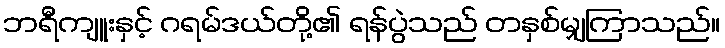
ဘရီကျူးနှင့် ဂရမ်ဒယ်တို့၏ ရန်ပွဲသည် တနှစ်မျှကြာသည်။